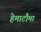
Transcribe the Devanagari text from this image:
हेमाटौमा